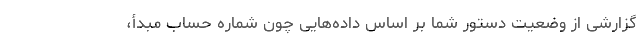
گزارشی از وضعیت دستور شما بر اساس داده‌هایی چون شماره‌ حساب مبدأ،